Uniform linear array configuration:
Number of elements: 8
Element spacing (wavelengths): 1
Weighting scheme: exponential
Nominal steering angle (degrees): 45
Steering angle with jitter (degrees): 45.988
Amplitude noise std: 0.05
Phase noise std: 0.05

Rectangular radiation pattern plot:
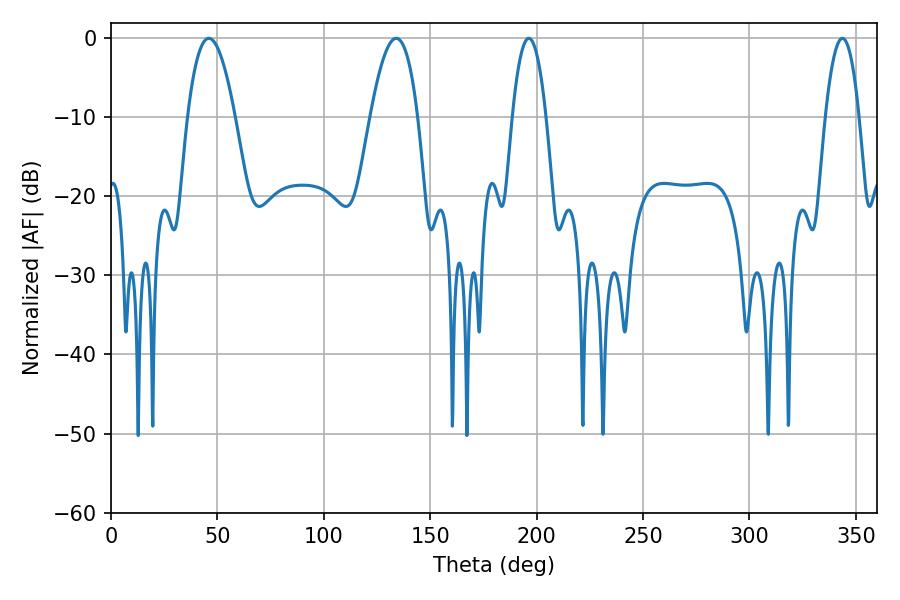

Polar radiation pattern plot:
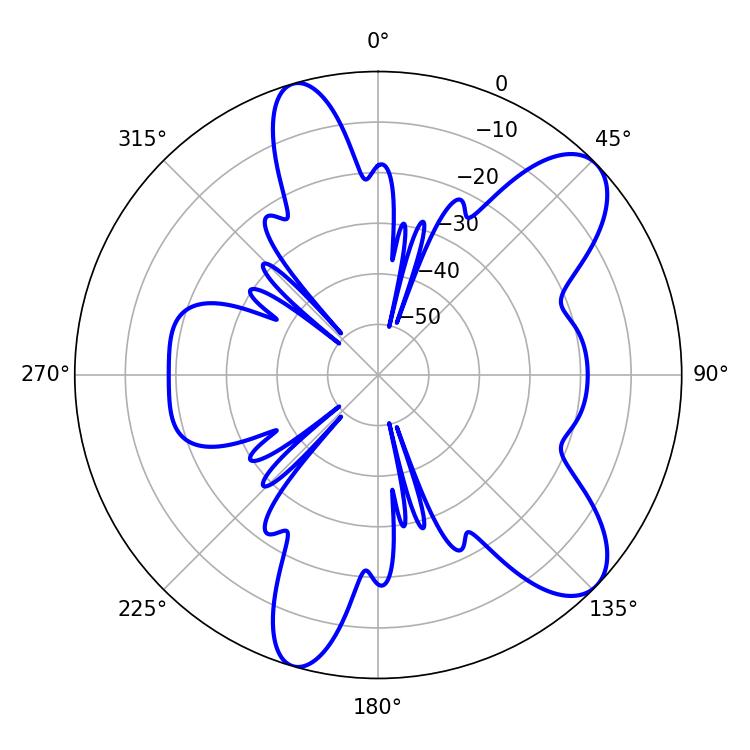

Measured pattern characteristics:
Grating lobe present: TRUE
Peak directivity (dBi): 9.204
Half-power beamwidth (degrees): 12.24
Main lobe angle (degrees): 45.9